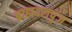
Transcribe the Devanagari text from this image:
ब्राह्मदलपुंज